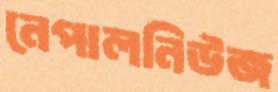
নেপালনিউজ